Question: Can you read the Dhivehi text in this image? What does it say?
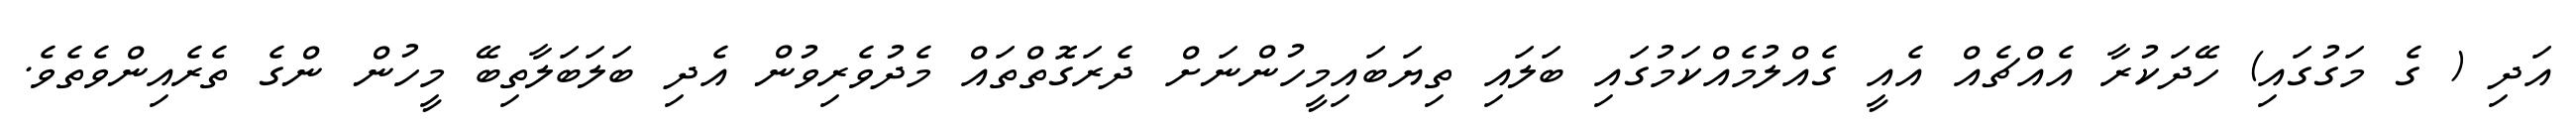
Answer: އަދި ( ގެ މަގުގައި) ހޭދަކުރާ އެއްޗެއް އެއީ ގެއްލުމެއްކަމުގައި ބަލައި ތިޔަބައިމީހުންނަށް ދެރަގޮތްތައް މެދުވެރިވުން އެދި ބަލަބަލާތިބޭ މީހުން ންގެ ތެރެއިންވެތެވެ.